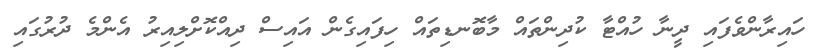
ހައިރާންވެފައި ދީނާ ހުއްޓާ ކުދިންތައް މާބޮނޑިތައް ހިފައިގެން އައިސް ދިއްކޮށްލިއިރު އެންމެ ދުރުގައި